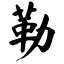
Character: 勒